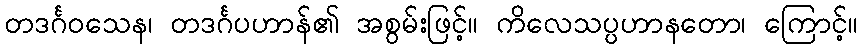
တဒင်္ဂဝသေန၊ တဒင်္ဂပဟာန်၏ အစွမ်းဖြင့်။ ကိလေသပ္ပဟာနတော၊ ကြောင့်။